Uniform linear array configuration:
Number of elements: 8
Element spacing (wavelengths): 0.75
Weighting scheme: kaiser
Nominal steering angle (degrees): -30
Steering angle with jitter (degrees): -31.704
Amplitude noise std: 0.05
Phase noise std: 0.05

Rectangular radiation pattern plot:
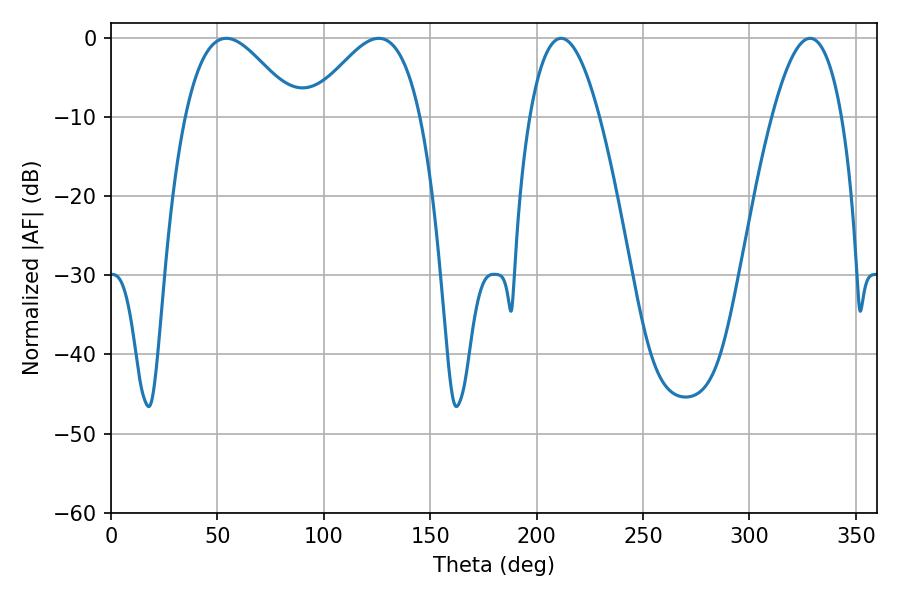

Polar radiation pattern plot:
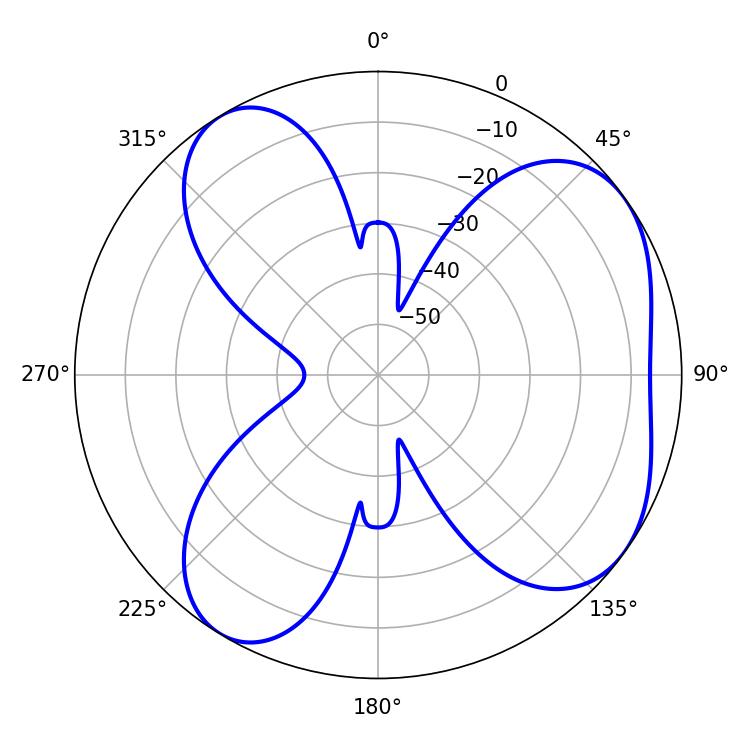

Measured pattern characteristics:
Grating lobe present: TRUE
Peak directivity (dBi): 5.59
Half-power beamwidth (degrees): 28.08
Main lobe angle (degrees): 54.18